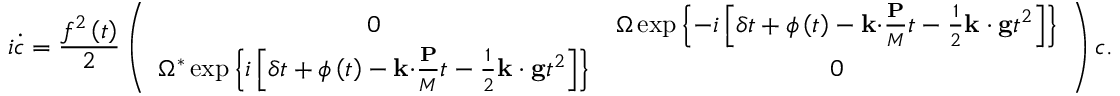
i \dot { c } = \frac { f ^ { 2 } \left( t \right) } { 2 } \left( \begin{array} { c c } { 0 } & { \Omega \exp \left\{ - i \left[ \delta t + \phi \left( t \right) - \mathbf { k \cdot } \frac { \mathbf { P } } { M } t - \frac { 1 } { 2 } \mathbf { k \cdot g } t ^ { 2 } \right] \right\} } \\ { \Omega ^ { \ast } \exp \left\{ i \left[ \delta t + \phi \left( t \right) - \mathbf { k \cdot } \frac { \mathbf { P } } { M } t - \frac { 1 } { 2 } \mathbf { k \cdot g } t ^ { 2 } \right] \right\} } & { 0 } \end{array} \right) c .